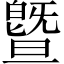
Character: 曁